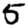
Digit: 5